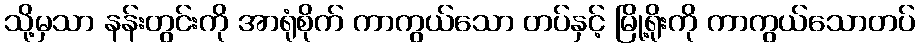
သို့မှသာ နန်းတွင်းကို အာရုံစိုက် ကာကွယ်သော တပ်နှင့် မြို့ရိုးကို ကာကွယ်သောတပ်